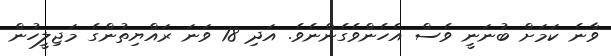
ވާނެ ކަމަށް ބުނަނީ ވެސް އެހެންވެގެންނެވެ. އަދި 18 ވަނަ ރައްޔިތުންގެ މަޖިލީހުން